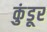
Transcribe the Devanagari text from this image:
कुंडूर